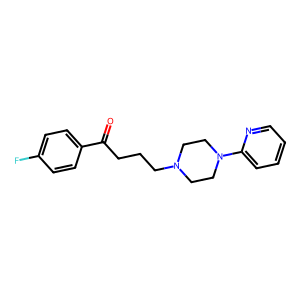
SMILES: O=C(CCCN1CCN(c2ccccn2)CC1)c1ccc(F)cc1
Inhibits HIV replication: No